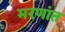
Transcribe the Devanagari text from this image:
मरणांत